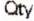
QTY